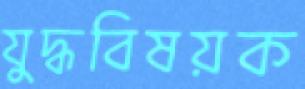
যুদ্ধবিষয়ক